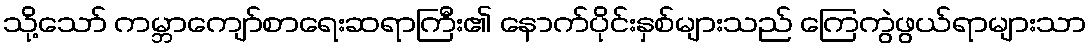
သို့သော် ကမ္ဘာကျော်စာရေးဆရာကြီး၏ နောက်ပိုင်းနှစ်များသည် ကြေကွဲဖွယ်ရာများသာ